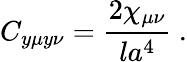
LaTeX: C_{y\mu y\nu}={\frac{2\chi_{\mu\nu}}{la^{4}}}\ .